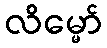
လိမ္မော်